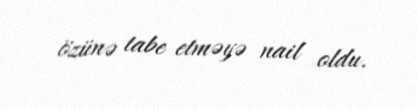
özünə tabe etməyə nail oldu.